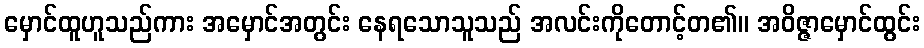
မှောင်ထူဟူသည်ကား အမှောင်အတွင်း နေရသောသူသည် အလင်းကိုတောင့်တ၏။ အဝိဇ္ဇာမှောင်ထွင်း